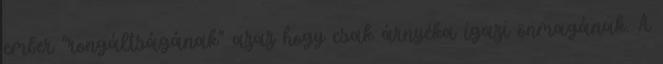
ember "rongáltságának" azaz hogy csak árnyéka igazi önmagának. A